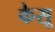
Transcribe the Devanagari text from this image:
केसू